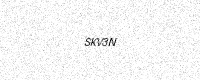
Text: SKV3N